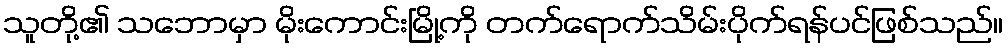
သူတို့၏ သဘောမှာ မိုးကောင်းမြို့ကို တက်ရောက်သိမ်းပိုက်ရန်ပင်ဖြစ်သည်။